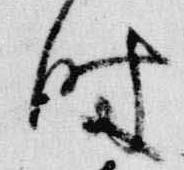
時